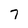
Character: 7